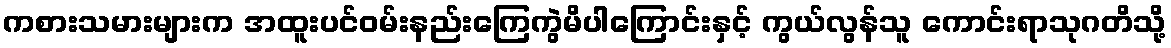
ကစားသမားများက အထူးပင်ဝမ်းနည်းကြေကွဲမိပါကြောင်းနှင့် ကွယ်လွန်သူ ကောင်းရာသုဂတိသို့